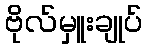
ဗိုလ်မှူးချုပ်